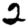
Digit: 2